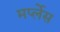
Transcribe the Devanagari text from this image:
मर्प्लेस